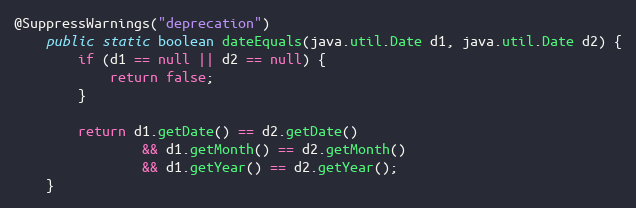
Language: Java
@SuppressWarnings("deprecation")
	public static boolean dateEquals(java.util.Date d1, java.util.Date d2) {
        if (d1 == null || d2 == null) {
            return false;
        }

        return d1.getDate() == d2.getDate()
                && d1.getMonth() == d2.getMonth()
                && d1.getYear() == d2.getYear();
    }